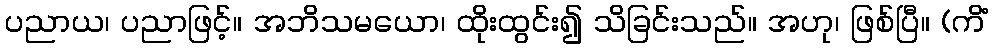
ပညာယ၊ ပညာဖြင့်။ အဘိသမယော၊ ထိုးထွင်း၍ သိခြင်းသည်။ အဟု၊ ဖြစ်ပြီ။ (ကိံ